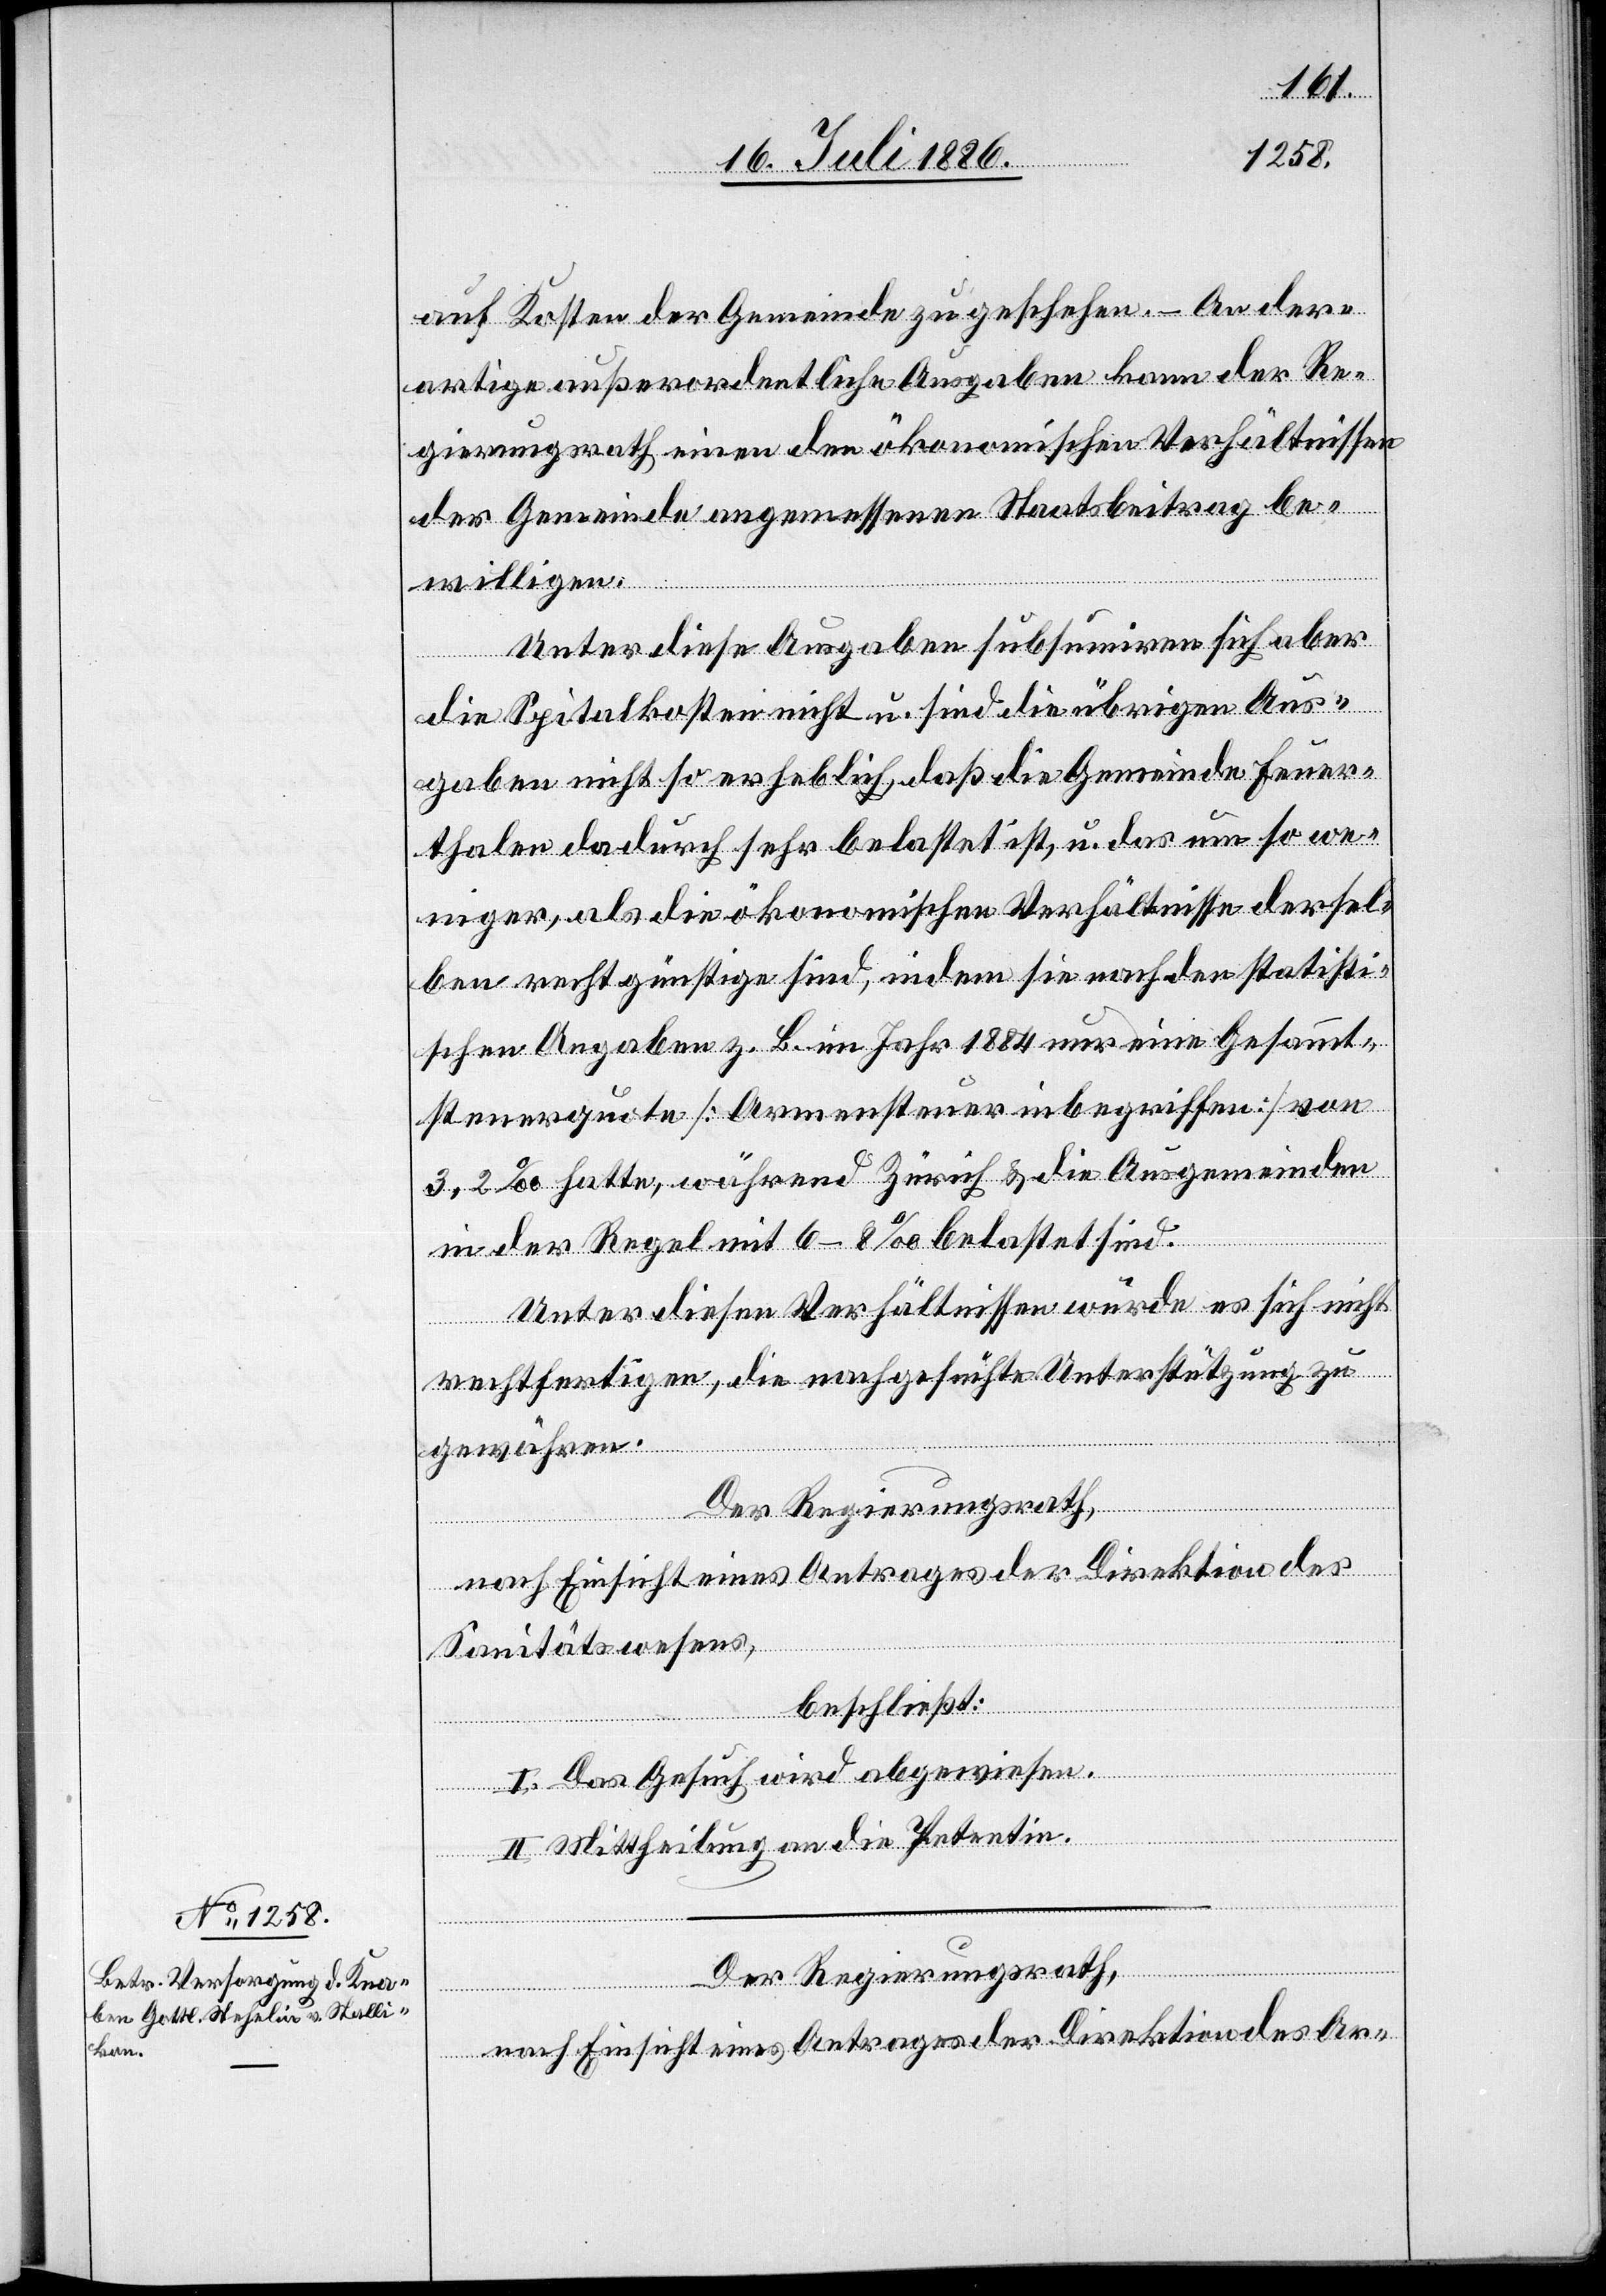
auf Kosten der Gemeinde zu geschehen. – An der¬
artige außerordentliche Ausgaben kann der Re¬
gierungsrath einen den ökonomischen Verhältnissen
der Gemeinde angemessenen Staatsbeitrag be¬
willigen.
Unter diese Ausgaben subsumiren sich aber
die spitalkosten nicht u. sind die übrigen Aus¬
gaben nicht so erheblich, daß die Gemeinde Feuer¬
thalen dadurch sehr belastet ist, u. das um so we¬
niger, als die ökonomischen Verhältnisse dersel¬
ben recht günstige sind, indem sie nach den statisti¬
schen Angeben z. B. im Jahr 1884 nur eine Gesammt¬
steuerquote [Armensteuer inbegriffen] von
3,2‰ hatte, während Zürich & die Ausgemeinden
in der Regel mit 6–8‰ belastet sind.
Unter diesen Verhältnissen würde es sich nicht
rechtfertigen, die nachgesuchte Unterstützung zu
gewähren.
Der Regierungsrath,
nach Einsicht eines Antrages der Direktion des
Sanitätswesens,
beschließt:
I. Das Gesuch wird abgewiesen.
II. Mittheilung an die Petentin.
Der Regierungsrath,
nach Einsicht eines Antrages der Direktion des Ar-